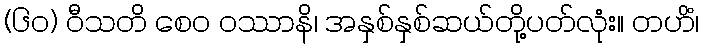
(၆၀) ဝီသတိ စေဝ ဝဿာနိ၊ အနှစ်နှစ်ဆယ်တို့ပတ်လုံး။ တဟိံ၊